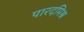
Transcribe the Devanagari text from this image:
पारदमिश्र